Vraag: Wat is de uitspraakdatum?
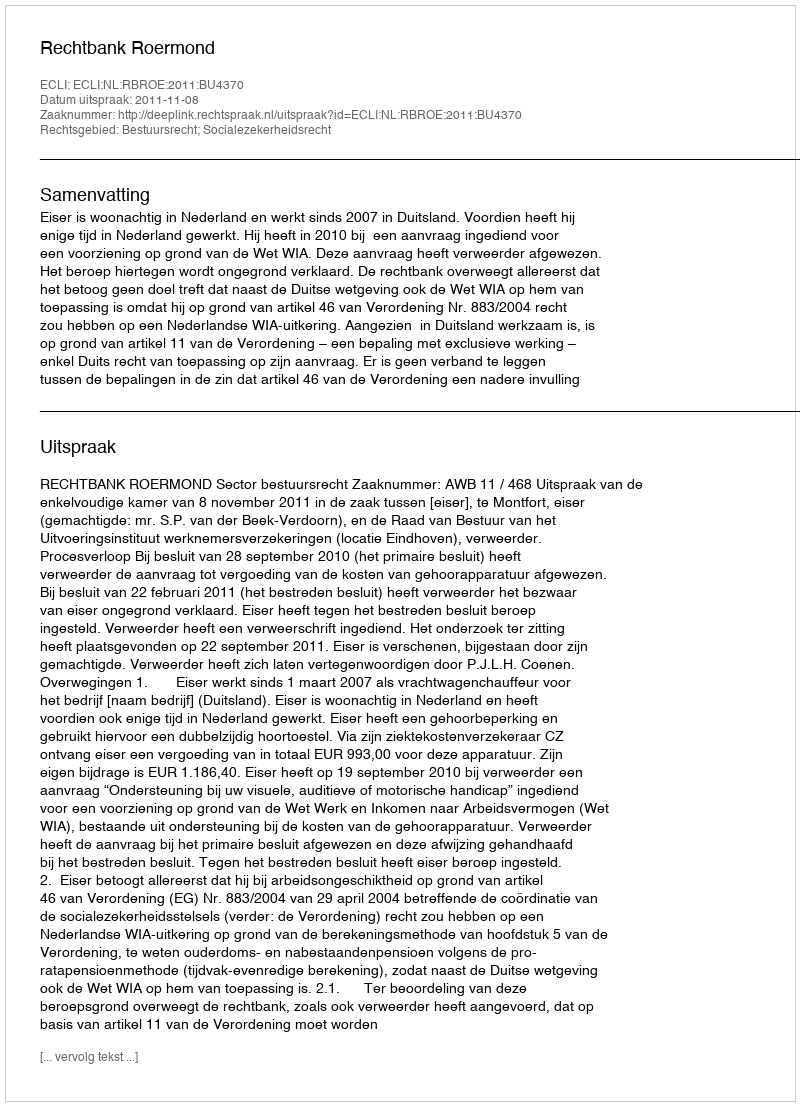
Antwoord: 2011-11-08